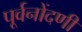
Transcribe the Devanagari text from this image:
पूर्वनोंदणी